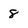
Character: 8